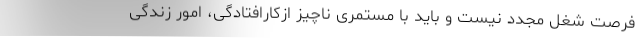
فرصت شغل مجدد نیست و باید با مستمری ناچیز ازکارافتادگی، امور زندگی